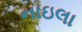
નાઇલા